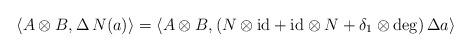
LaTeX: \begin{align*}\langle A \otimes B , \Delta \, N (a) \rangle = \langle A \otimes B , (N \otimes {\rm id} + {\rm id} \otimes N + \delta_1 \otimes \deg) \, \Delta a \rangle\end{align*}